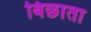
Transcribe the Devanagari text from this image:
बिछाता